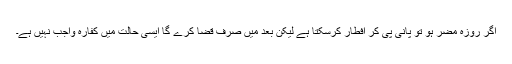
اگر روزہ مضر ہو تو پانی پی کر افطار کرسکتا ہے لیکن بعد میں صرف قضا کرے گا ایسی حالت میں کفارہ واجب نہیں ہے۔